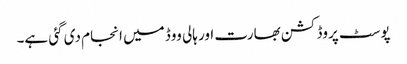
پوسٹ پروڈکشن بھارت اور ہالی ووڈ میں انجام دی گئی ہے۔